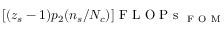
[ ( z _ { s } - 1 ) p _ { 2 } ( n _ { s } / N _ { c } ) ] \mathrm { ~ F ~ L ~ O ~ P ~ s ~ } _ { \mathrm { ~ F ~ O ~ M ~ } }